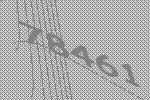
78461